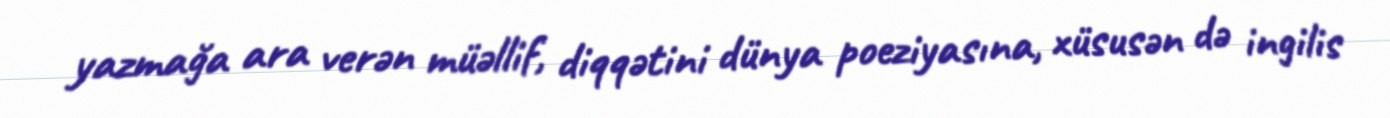
yazmağa ara verən müəllif, diqqətini dünya poeziyasına, xüsusən də ingilis